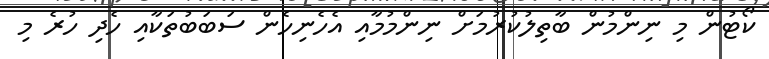
ކޯޓުން މި ނިންމުން ބާތިލުކުރުމަށް ނިންމުމާއި އެހެނިހެން ސަބަބުތަކާއި ހެދި ހުރެ މި